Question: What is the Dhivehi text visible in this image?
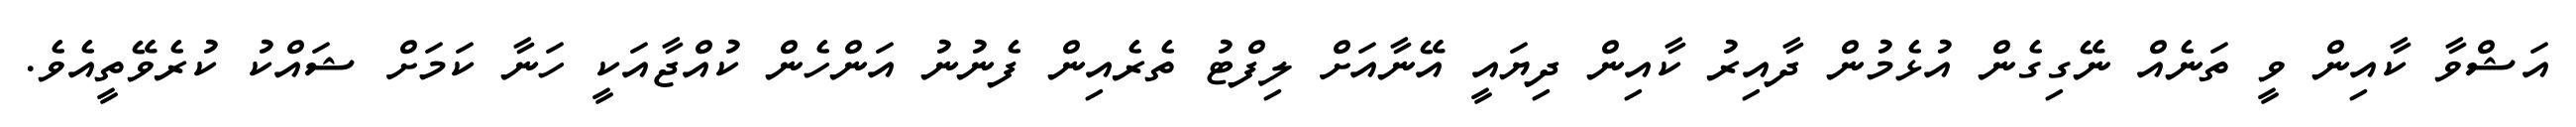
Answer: އަޝްވާ ކާއިން ވީ ތަނެއް ނޭގިގެން އުޅެމުން ދާއިރު ކާއިން ދިޔައީ އޭނާއަށް ލިފްޓު ތެރެއިން ފެނުނު އަންހެން ކުއްޖާއަކީ ހަނާ ކަމަށް ޝައްކު ކުރެވޭތީއެވެ.